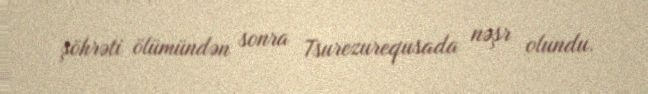
şöhrəti ölümündən sonra Tsurezurequsada nəşr olundu.